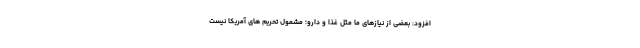
افزود: بعضی از نیازهای ما مثل غذا و دارو؛ مشمول تحریم های آمریکا نیست